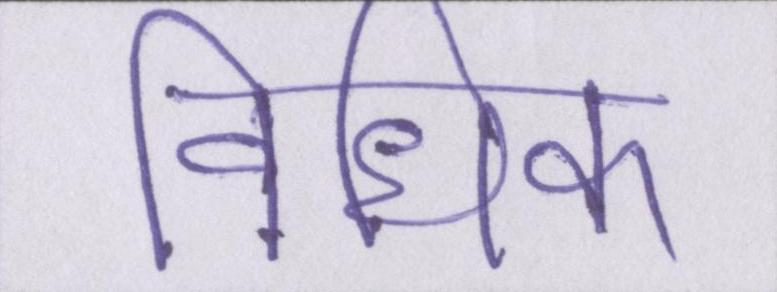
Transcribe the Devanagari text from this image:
विधिक